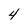
Character: 4